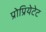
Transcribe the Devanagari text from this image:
प्रोप्रियेटेट